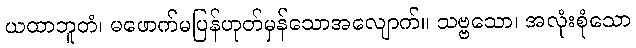
ယထာဘူတံ၊ မဖောက်မပြန်ဟုတ်မှန်သောအလျောက်။ သဗ္ဗသော၊ အလုံးစုံသော